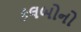
કલબોનો